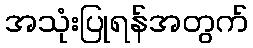
အသုံးပြုရန်အတွက်